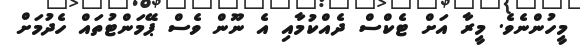
މީހުންނެވެ. މީރާ އަށް ޓެކްސް ދެއްކުމާއި އެ ނޫން ވެސް ޕޭމަންޓުތައް ހެދުމަށް